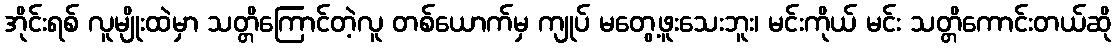
အိုင်းရစ် လူမျိုးထဲမှာ သတ္တိကြောင်တဲ့လူ တစ်ယောက်မှ ကျုပ် မတွေ့ဖူးသေးဘူး၊ မင်းကိုယ် မင်း သတ္တိကောင်းတယ်ဆို